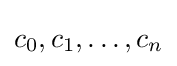
c_{0},c_{1},\dots ,c_{n}